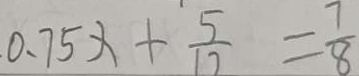
0 . 7 5 x + \frac { 5 } { 1 2 } = \frac { 7 } { 8 }